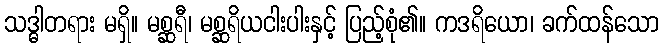
သဒ္ဓါတရား မရှိ။ မစ္ဆရီ၊ မစ္ဆရိယငါးပါးနှင့် ပြည့်စုံ၏။ ကဒရိယော၊ ခက်ထန်သော